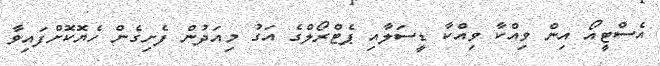
އެސްޓީއޯ އިން ވިއްކާ ވިއްކާ ޑީސަލާއި ޕެޓްރޯލްގެ އަގު މިއަދުން ފެށިގެން ހެޔޮކޮށްފައިވާ